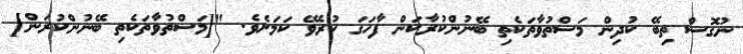
ނުގޮސް ތިބޭ ކުދިން މަސްތުވާތަކެތި ބޭނުންކުރާކަން ފާހަގަ ކުރެވޭ ކަމަށެވެ. "[މަސްތުވާތަކެތި ބޭނުންކުރަން]